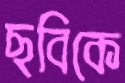
ছবিকে